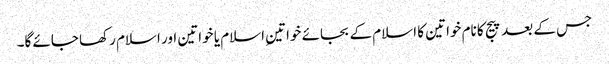
جس کے بعد پیج کا نام خواتین کا اسلام کے بجائے خواتینِ اسلام یا خواتین اور اسلام رکھا جائے گا۔